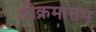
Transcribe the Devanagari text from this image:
श्रीक्रमात्तम